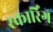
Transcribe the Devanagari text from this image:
स्कार्रिंग